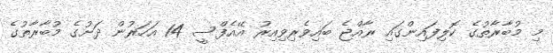
މި މުބާރާތުގެ ކޮލިފައިންގައި ރާއްޖެ ބައިވެރިވިއިރު އޭއެފްސީ 14 އަހަރުން ދަށުގެ މުބާރާތުގެ